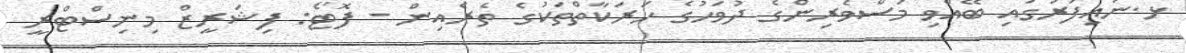
ޅ.ނައިފަރުގައި ބޭއްވި މަސްވެރިންގެ ދުވަހުގެ ހަރަކާތްތަކުގެ ތެރެއިން - ފޮޓޯ: ފިޝަރީޒް މިނިސްޓްރީ